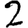
Digit: 2